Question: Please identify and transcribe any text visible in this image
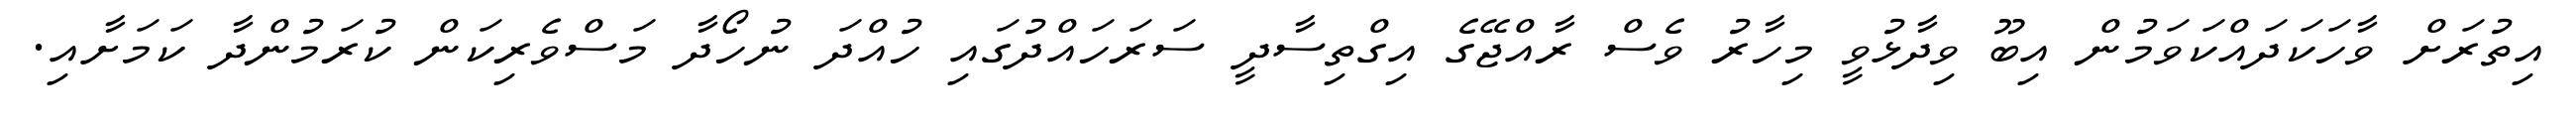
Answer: އިތުރަށް ވާހަކަދައްކަވަމުން އިބޫ ވިދާޅުވީ މިހާރު ވެސް ރާއްޖޭގެ އިގްތިސާދީ ސަރަހައްދުގައި ހުއްދަ ނުހޯދާ މަސްވެރިކަން ކުރަމުންދާ ކަމަށާއި.